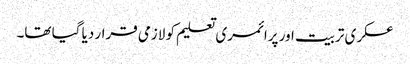
عسکری تربیت اور پرائمری تعلیم کو لازمی قرار دیا گیا تھا۔